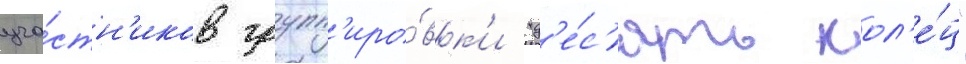
уча́стн'иков групп'иро́вк'и "д'е́с'ять кол'е́ц"